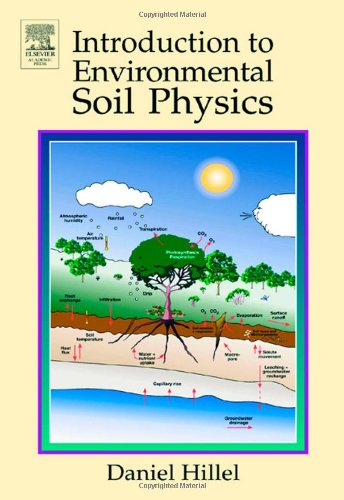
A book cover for Introduction to Environmental Soil Physics; Daniel Hillel; Science & Math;